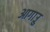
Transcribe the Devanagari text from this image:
आगाउु